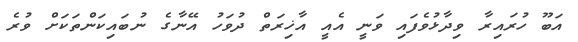
އަބޫ ހުރައިރާ ވިދާޅުވެފައި ވަނީ އެއީ އާޚިރަތް ދުވަހު އޭނާގެ ނުބައިކަންތަކަށް ވުރެ